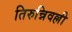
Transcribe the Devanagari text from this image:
तिरुन्निवल्ली